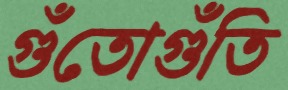
গুঁতোগুঁতি